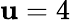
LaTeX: \mathbf{u}=4